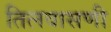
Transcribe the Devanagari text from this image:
तिलवासणी